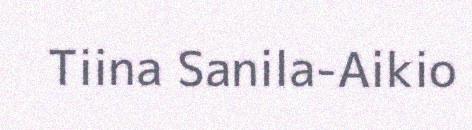
Tiina Sanila-Aikio